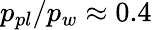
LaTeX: p_{pl}/p_{w}\approx 0.4